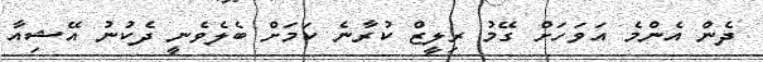
ދެން އެންމެ އަވަހަށް ގޭމު ރިލީޒް ކުރާނެ ކަމަށް ބެލެވެނީ ދެކުނު އޭޝިއާ